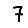
Digit: 7